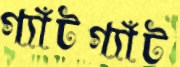
গ্যাঁটগ্যাঁট